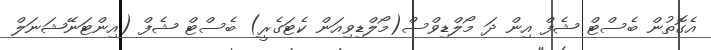
އެގޮތުން ބެސްޓް ޝެފް އިން ދަ މޯލްޑިވްސް(މޯލްޑިވިއަން ކެޓަގެރީ) ބެސްޓް ޝެފް (އިންޓަނޭޝަނަލް